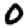
Digit: 0